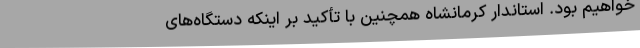
خواهیم بود. استاندار کرمانشاه همچنین با تأکید بر اینکه دستگاه‌های